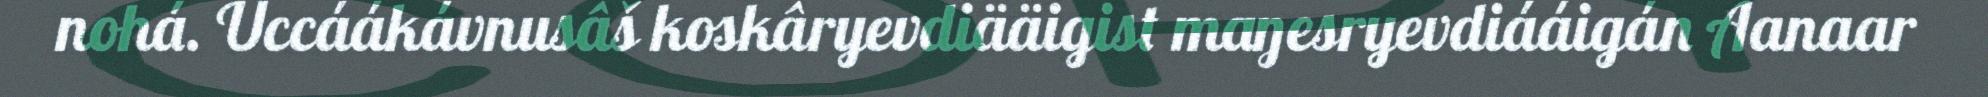
nohá. Uccáákávnusâš koskâryevdiääigist maŋesryevdiááigán Aanaar